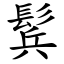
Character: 鬂